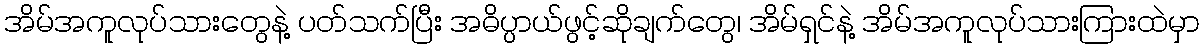
အိမ်အကူလုပ်သားတွေနဲ့ ပတ်သက်ပြီး အဓိပ္ပာယ်ဖွင့်ဆိုချက်တွေ၊ အိမ်ရှင်နဲ့ အိမ်အကူလုပ်သားကြားထဲမှာ